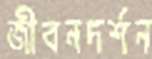
জীবনদর্শন